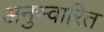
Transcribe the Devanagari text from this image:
अनुस्वारित